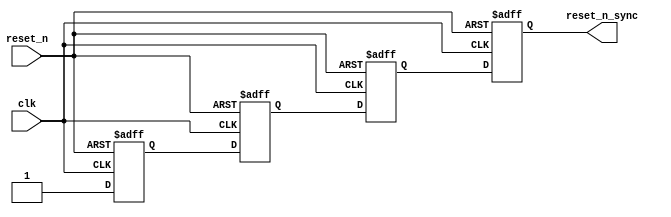
// (C) 2001-2013 Altera Corporation. All rights reserved.
// Your use of Altera Corporation's design tools, logic functions and other 
// software and tools, and its AMPP partner logic functions, and any output 
// files any of the foregoing (including device programming or simulation 
// files), and any associated documentation or information are expressly subject 
// to the terms and conditions of the Altera Program License Subscription 
// Agreement, Altera MegaCore Function License Agreement, or other applicable 
// license agreement, including, without limitation, that your use is for the 
// sole purpose of programming logic devices manufactured by Altera and sold by 
// Altera or its authorized distributors.  Please refer to the applicable 
// agreement for further details.



`timescale 1 ps / 1 ps

module fpga_sdram_controller_mem_if_ddr3_emif_0_p0_reset_sync(
	reset_n,
	clk,
	reset_n_sync
);

parameter RESET_SYNC_STAGES = 4;
parameter NUM_RESET_OUTPUT = 1;

input	reset_n;
input	clk;
output	[NUM_RESET_OUTPUT-1:0] reset_n_sync;




// identify the synchronizer chain so that Quartus can analyze metastability.
// Since these resets are localized to the PHY alone, make them routed locally
// to avoid using global networks.
(* altera_attribute = {"-name SYNCHRONIZER_IDENTIFICATION FORCED_IF_ASYNCHRONOUS; -name GLOBAL_SIGNAL OFF"}*) reg	[RESET_SYNC_STAGES+NUM_RESET_OUTPUT-2:0] reset_reg /*synthesis dont_merge */;

generate
genvar i;
	for (i=0; i<RESET_SYNC_STAGES+NUM_RESET_OUTPUT-1; i=i+1)
	begin: reset_stage
		always @(posedge clk or negedge reset_n)
		begin
			if (~reset_n)
				reset_reg[i] <= 1'b0;
			else
			begin
				if (i==0)
					reset_reg[i] <= 1'b1;
				else if (i < RESET_SYNC_STAGES)
					reset_reg[i] <= reset_reg[i-1];
				else
					reset_reg[i] <= reset_reg[RESET_SYNC_STAGES-2];
				
			end
		end
	end
endgenerate

	assign reset_n_sync = reset_reg[RESET_SYNC_STAGES+NUM_RESET_OUTPUT-2:RESET_SYNC_STAGES-1];

endmodule